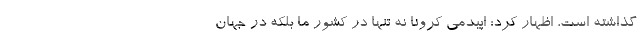
گذاشته است، اظهار کرد: اپیدمی کرونا نه تنها در کشور ما بلکه در جهان